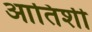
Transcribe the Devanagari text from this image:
आतिशी